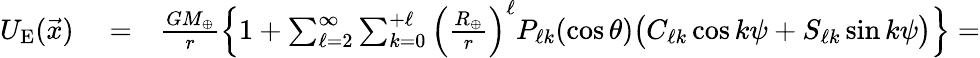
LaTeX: \begin{array}{rlr}{U_{\mathrm{E}}(\vec{x})}&{{}=}&{\frac{GM_{\oplus}}{r}\Big\{ 1+\sum_{\ell=2}^{\infty}\sum_{k=0}^{+\ell}\Big(\frac{R_{\oplus}}{r}\Big)^{\ell}P_{\ell k}(\cos\theta)\big(C_{\ell k}\cos k\psi+S_{\ell k}\sin k\psi\big)\Big\} =}\end{array}